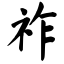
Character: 祚